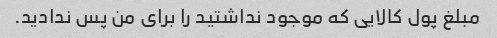
مبلغ پول کالایی که موجود نداشتید را برای من پس ندادید.